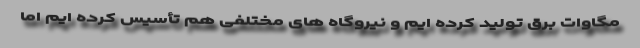
مگاوات برق تولید کرده ایم و نیروگاه های مختلفی هم تأسیس کرده ایم اما